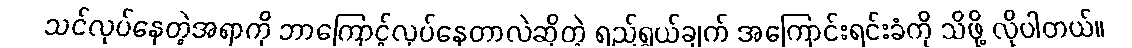
သင်လုပ်နေတဲ့အရာကို ဘာကြောင့်လုပ်နေတာလဲဆိုတဲ့ ရည်ရွယ်ချက် အကြောင်းရင်းခံကို သိဖို့ လိုပါတယ်။